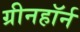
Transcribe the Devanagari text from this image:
ग्रीनहॉर्न